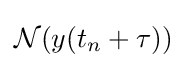
{\mathcal {N}}(y(t_{n}+\tau ))